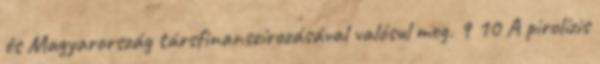
és Magyarország társfinanszírozásával valósul meg. 9 10 A pirolízis